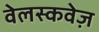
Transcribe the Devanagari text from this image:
वेलस्कवेज़